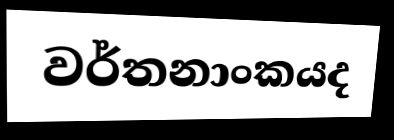
වර්තනාංකයද